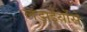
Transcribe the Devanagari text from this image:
लड़ाईयोंसे